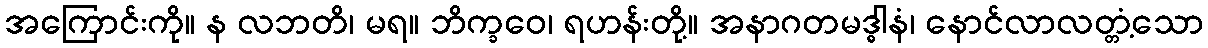
အကြောင်းကို။ န လဘတိ၊ မရ။ ဘိက္ခဝေ၊ ရဟန်းတို့။ အနာဂတမဒ္ဓါနံ၊ နောင်လာလတ္တံ့သော